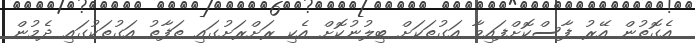
އެގޮތުން އޭރު ފާސްކޮށްފައިވާ އަގުތަކަށް ބިލުނުކޮށް އެކި ރަށްރަށުގައި ތަފާތު އަގުތަކުގައި ދެމުން